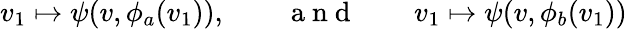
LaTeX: v_{1}\mapsto\psi(v,\phi_{a}(v_{1})),\qquad\mathrm{~a~n~d~}\qquad v_{1}\mapsto\psi(v,\phi_{b}(v_{1}))